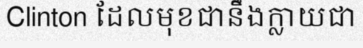
Clinton ដែលមុខជានឹងក្លាយជា